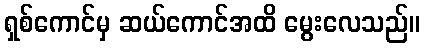
ရှစ်ကောင်မှ ဆယ်ကောင်အထိ မွေးလေသည်။